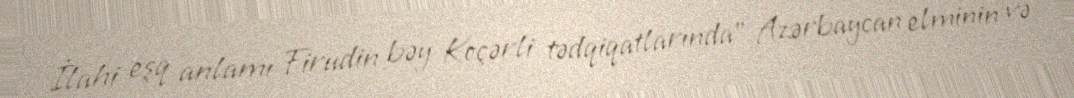
İlahi eşq anlamı Firudin bəy Koçərli tədqiqatlarında" Azərbaycan elminin və